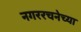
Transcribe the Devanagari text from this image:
नगररचनेच्या